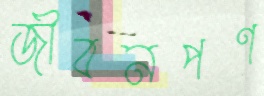
জীবনপণ